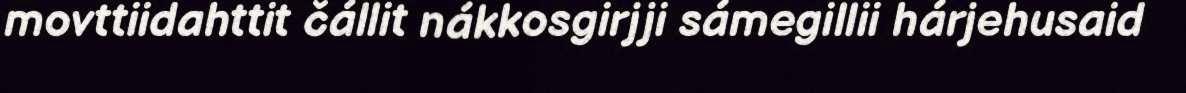
movttiidahttit čállit nákkosgirjji sámegillii hárjehusaid